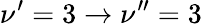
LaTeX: \nu^{\prime}=3\rightarrow\nu^{\prime\prime}=3